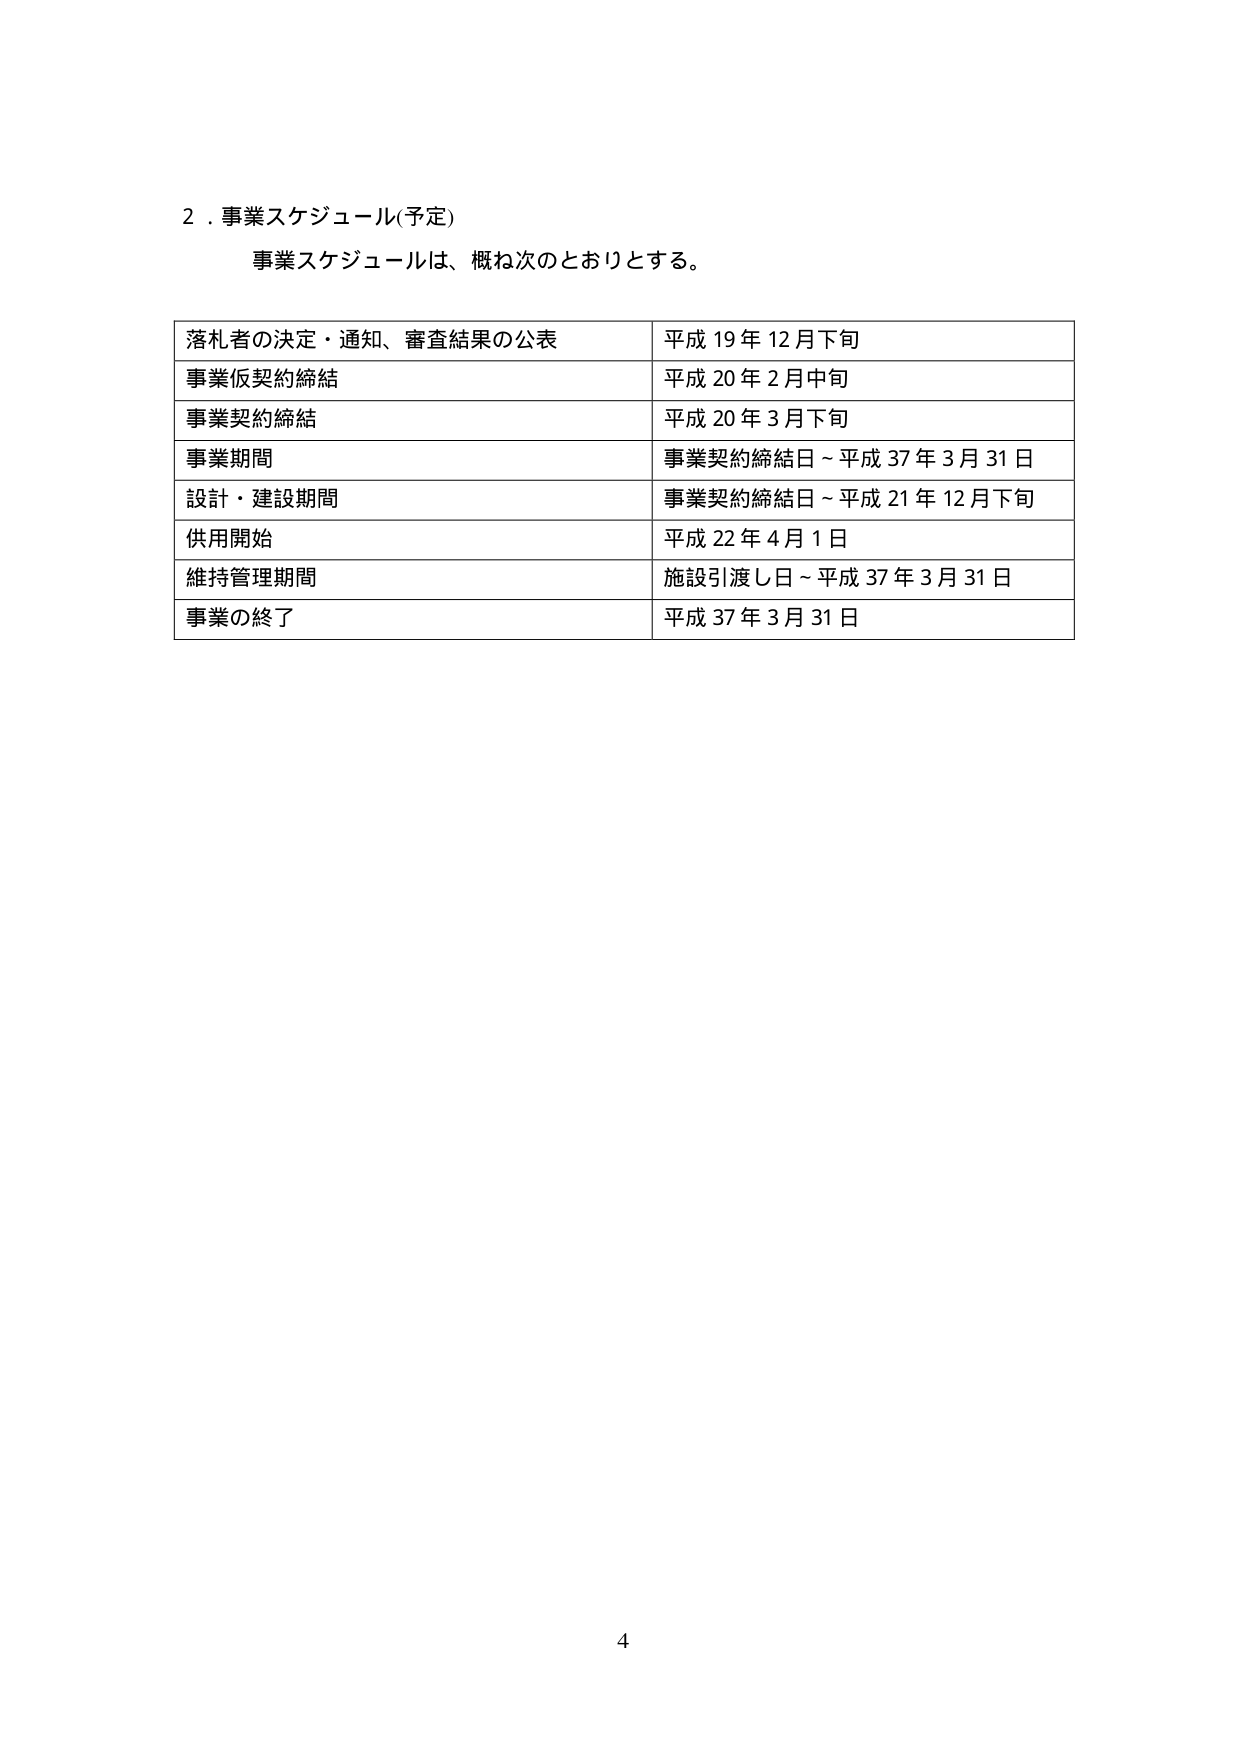
2．事業スケジュール(予定)
事業スケジュールは、概ね次のとおりとする。

落札者の決定・通知、審査結果の公表　平成19年12月下旬
事業仮契約締結　平成20年2月中旬
事業契約締結　平成20年3月下旬
事業期間　事業契約締結日～平成37年3月31日
設計・建設期間　事業契約締結日～平成21年12月下旬
供用開始　平成22年4月1日
維持管理期間　施設引渡し日～平成37年3月31日
事業の終了　平成37年3月31日

4